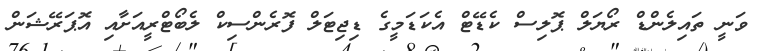
ވަނީ ތައިލެންޑް ރޯޔަލް ޕޮލިސް ކެޑޭޓް އެކަޑަމީގެ ޑިޖިޓަލް ފޮރެންސިކް ލެބޯޓްރީއަށާއި އޮޕަރޭޝަން